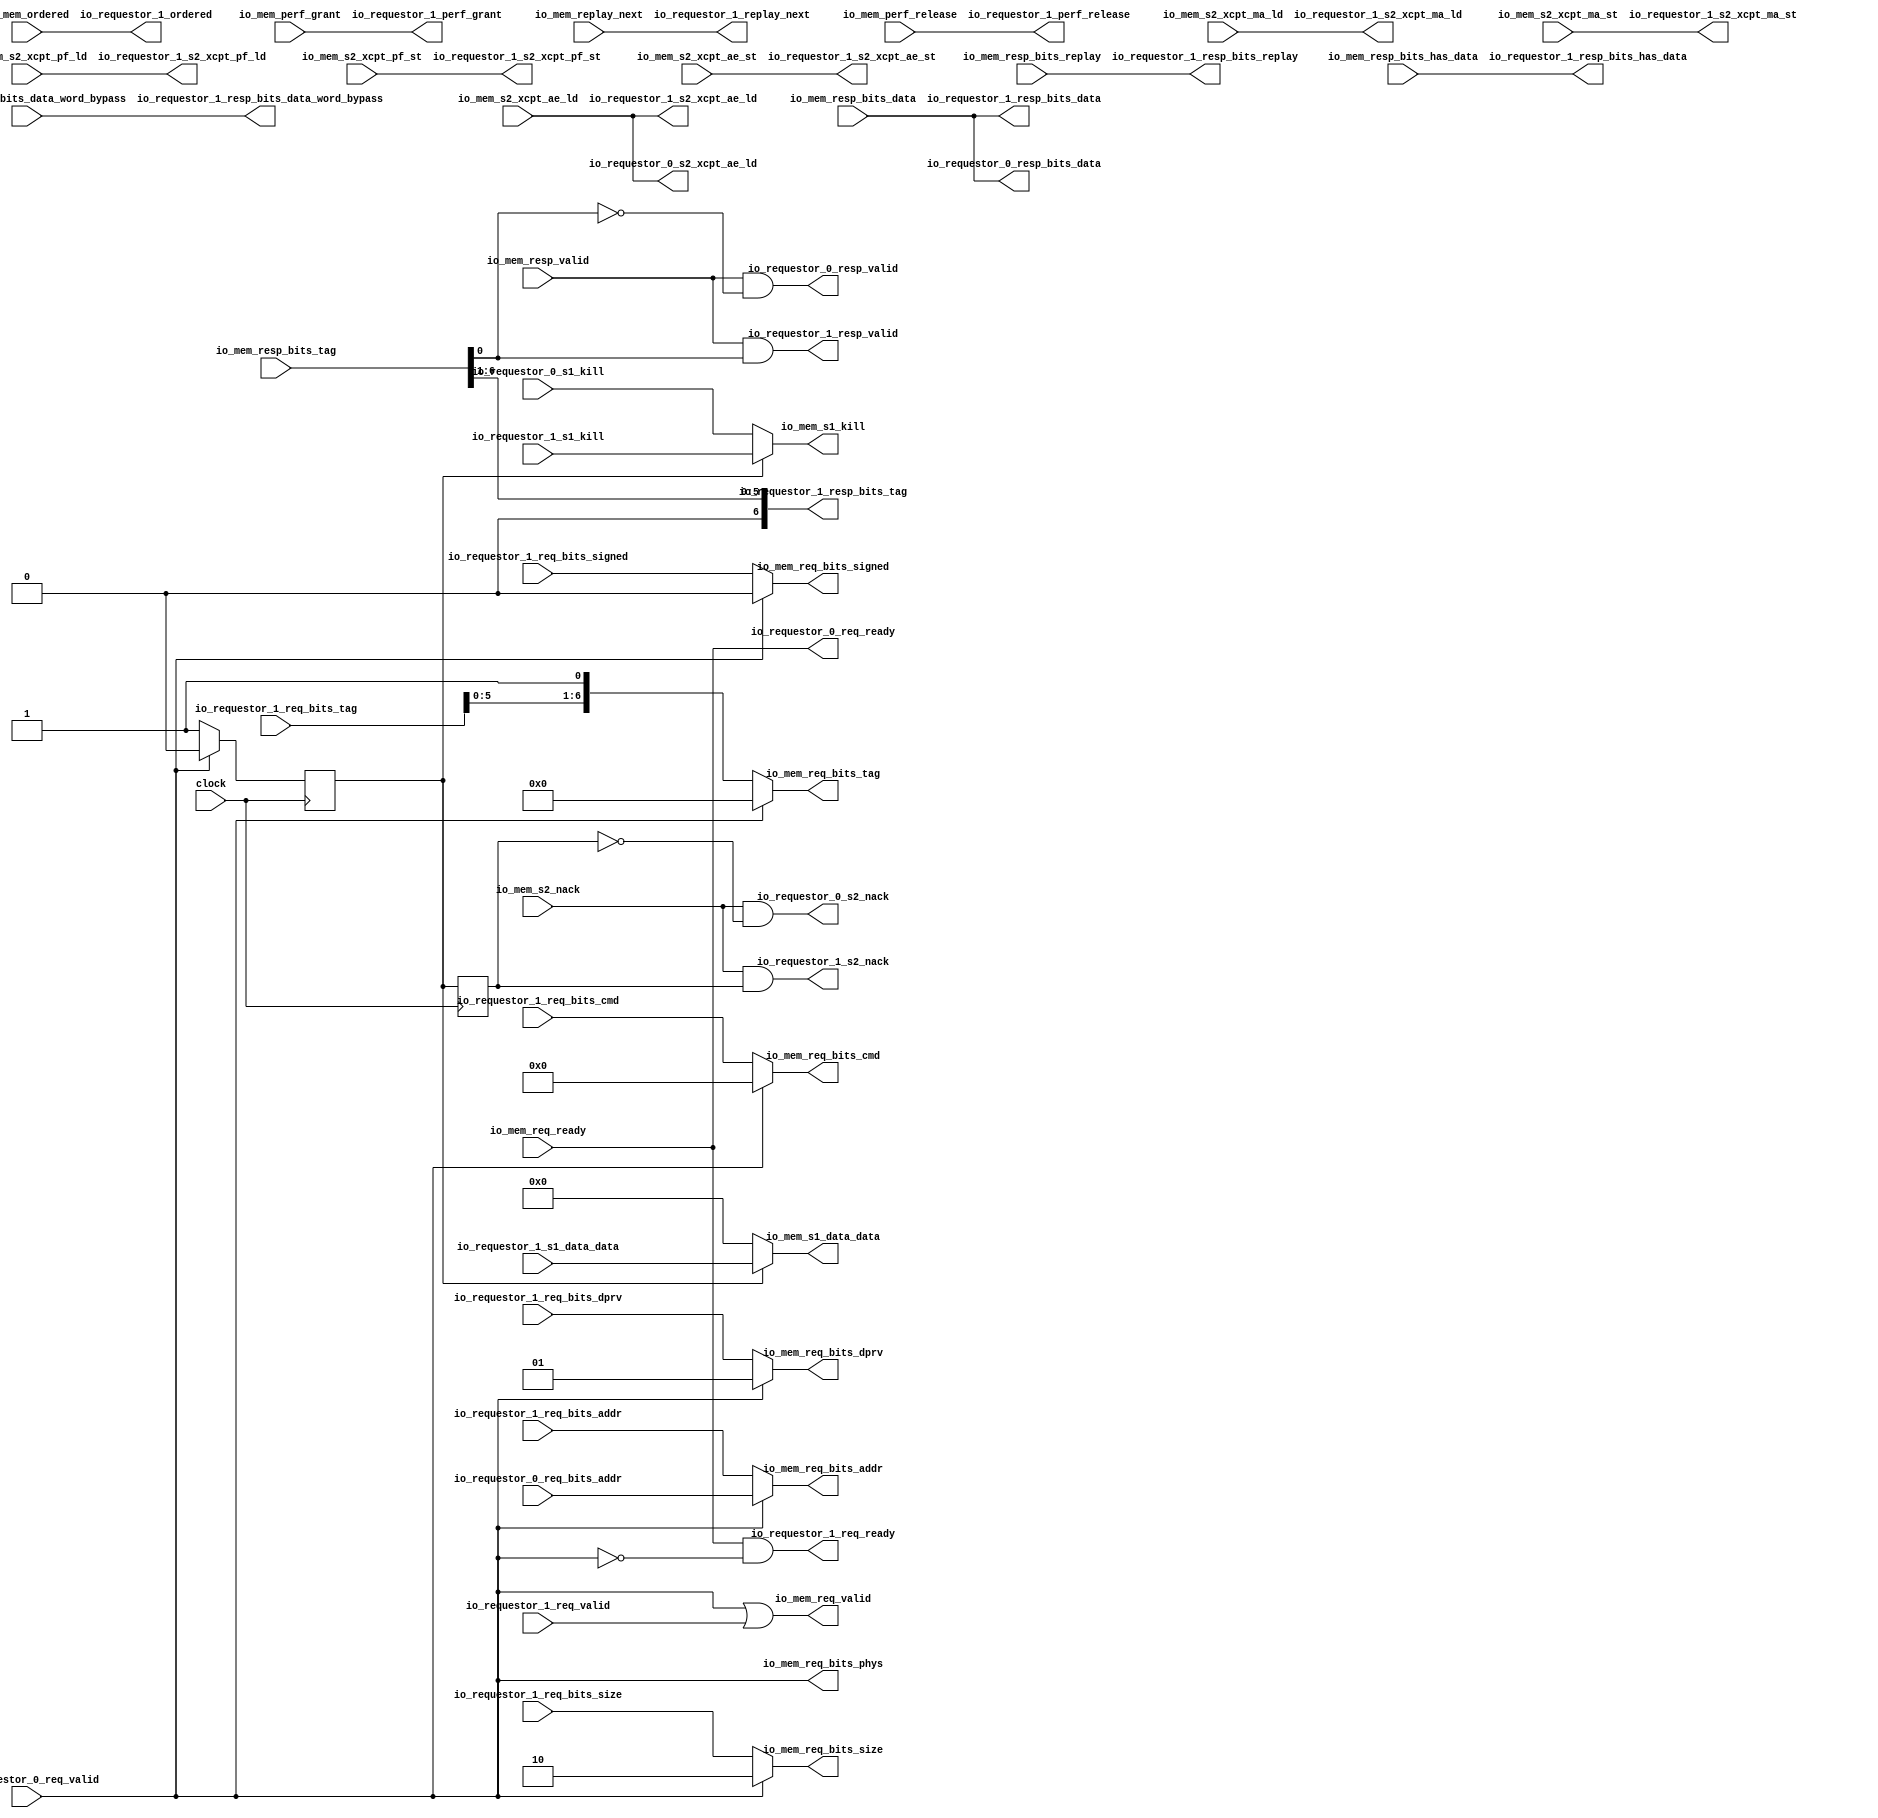
module HellaCacheArbiter( // @[:freechips.rocketchip.system.DefaultRV32Config.fir@213949.2]
  input         clock, // @[:freechips.rocketchip.system.DefaultRV32Config.fir@213950.4]
  output        io_requestor_0_req_ready, // @[:freechips.rocketchip.system.DefaultRV32Config.fir@213952.4]
  input         io_requestor_0_req_valid, // @[:freechips.rocketchip.system.DefaultRV32Config.fir@213952.4]
  input  [31:0] io_requestor_0_req_bits_addr, // @[:freechips.rocketchip.system.DefaultRV32Config.fir@213952.4]
  input         io_requestor_0_s1_kill, // @[:freechips.rocketchip.system.DefaultRV32Config.fir@213952.4]
  output        io_requestor_0_s2_nack, // @[:freechips.rocketchip.system.DefaultRV32Config.fir@213952.4]
  output        io_requestor_0_resp_valid, // @[:freechips.rocketchip.system.DefaultRV32Config.fir@213952.4]
  output [31:0] io_requestor_0_resp_bits_data, // @[:freechips.rocketchip.system.DefaultRV32Config.fir@213952.4]
  output        io_requestor_0_s2_xcpt_ae_ld, // @[:freechips.rocketchip.system.DefaultRV32Config.fir@213952.4]
  output        io_requestor_1_req_ready, // @[:freechips.rocketchip.system.DefaultRV32Config.fir@213952.4]
  input         io_requestor_1_req_valid, // @[:freechips.rocketchip.system.DefaultRV32Config.fir@213952.4]
  input  [31:0] io_requestor_1_req_bits_addr, // @[:freechips.rocketchip.system.DefaultRV32Config.fir@213952.4]
  input  [6:0]  io_requestor_1_req_bits_tag, // @[:freechips.rocketchip.system.DefaultRV32Config.fir@213952.4]
  input  [4:0]  io_requestor_1_req_bits_cmd, // @[:freechips.rocketchip.system.DefaultRV32Config.fir@213952.4]
  input  [1:0]  io_requestor_1_req_bits_size, // @[:freechips.rocketchip.system.DefaultRV32Config.fir@213952.4]
  input         io_requestor_1_req_bits_signed, // @[:freechips.rocketchip.system.DefaultRV32Config.fir@213952.4]
  input  [1:0]  io_requestor_1_req_bits_dprv, // @[:freechips.rocketchip.system.DefaultRV32Config.fir@213952.4]
  input         io_requestor_1_s1_kill, // @[:freechips.rocketchip.system.DefaultRV32Config.fir@213952.4]
  input  [31:0] io_requestor_1_s1_data_data, // @[:freechips.rocketchip.system.DefaultRV32Config.fir@213952.4]
  output        io_requestor_1_s2_nack, // @[:freechips.rocketchip.system.DefaultRV32Config.fir@213952.4]
  output        io_requestor_1_resp_valid, // @[:freechips.rocketchip.system.DefaultRV32Config.fir@213952.4]
  output [6:0]  io_requestor_1_resp_bits_tag, // @[:freechips.rocketchip.system.DefaultRV32Config.fir@213952.4]
  output [31:0] io_requestor_1_resp_bits_data, // @[:freechips.rocketchip.system.DefaultRV32Config.fir@213952.4]
  output        io_requestor_1_resp_bits_replay, // @[:freechips.rocketchip.system.DefaultRV32Config.fir@213952.4]
  output        io_requestor_1_resp_bits_has_data, // @[:freechips.rocketchip.system.DefaultRV32Config.fir@213952.4]
  output [31:0] io_requestor_1_resp_bits_data_word_bypass, // @[:freechips.rocketchip.system.DefaultRV32Config.fir@213952.4]
  output        io_requestor_1_replay_next, // @[:freechips.rocketchip.system.DefaultRV32Config.fir@213952.4]
  output        io_requestor_1_s2_xcpt_ma_ld, // @[:freechips.rocketchip.system.DefaultRV32Config.fir@213952.4]
  output        io_requestor_1_s2_xcpt_ma_st, // @[:freechips.rocketchip.system.DefaultRV32Config.fir@213952.4]
  output        io_requestor_1_s2_xcpt_pf_ld, // @[:freechips.rocketchip.system.DefaultRV32Config.fir@213952.4]
  output        io_requestor_1_s2_xcpt_pf_st, // @[:freechips.rocketchip.system.DefaultRV32Config.fir@213952.4]
  output        io_requestor_1_s2_xcpt_ae_ld, // @[:freechips.rocketchip.system.DefaultRV32Config.fir@213952.4]
  output        io_requestor_1_s2_xcpt_ae_st, // @[:freechips.rocketchip.system.DefaultRV32Config.fir@213952.4]
  output        io_requestor_1_ordered, // @[:freechips.rocketchip.system.DefaultRV32Config.fir@213952.4]
  output        io_requestor_1_perf_release, // @[:freechips.rocketchip.system.DefaultRV32Config.fir@213952.4]
  output        io_requestor_1_perf_grant, // @[:freechips.rocketchip.system.DefaultRV32Config.fir@213952.4]
  input         io_mem_req_ready, // @[:freechips.rocketchip.system.DefaultRV32Config.fir@213952.4]
  output        io_mem_req_valid, // @[:freechips.rocketchip.system.DefaultRV32Config.fir@213952.4]
  output [31:0] io_mem_req_bits_addr, // @[:freechips.rocketchip.system.DefaultRV32Config.fir@213952.4]
  output [6:0]  io_mem_req_bits_tag, // @[:freechips.rocketchip.system.DefaultRV32Config.fir@213952.4]
  output [4:0]  io_mem_req_bits_cmd, // @[:freechips.rocketchip.system.DefaultRV32Config.fir@213952.4]
  output [1:0]  io_mem_req_bits_size, // @[:freechips.rocketchip.system.DefaultRV32Config.fir@213952.4]
  output        io_mem_req_bits_signed, // @[:freechips.rocketchip.system.DefaultRV32Config.fir@213952.4]
  output [1:0]  io_mem_req_bits_dprv, // @[:freechips.rocketchip.system.DefaultRV32Config.fir@213952.4]
  output        io_mem_req_bits_phys, // @[:freechips.rocketchip.system.DefaultRV32Config.fir@213952.4]
  output        io_mem_s1_kill, // @[:freechips.rocketchip.system.DefaultRV32Config.fir@213952.4]
  output [31:0] io_mem_s1_data_data, // @[:freechips.rocketchip.system.DefaultRV32Config.fir@213952.4]
  input         io_mem_s2_nack, // @[:freechips.rocketchip.system.DefaultRV32Config.fir@213952.4]
  input         io_mem_resp_valid, // @[:freechips.rocketchip.system.DefaultRV32Config.fir@213952.4]
  input  [6:0]  io_mem_resp_bits_tag, // @[:freechips.rocketchip.system.DefaultRV32Config.fir@213952.4]
  input  [31:0] io_mem_resp_bits_data, // @[:freechips.rocketchip.system.DefaultRV32Config.fir@213952.4]
  input         io_mem_resp_bits_replay, // @[:freechips.rocketchip.system.DefaultRV32Config.fir@213952.4]
  input         io_mem_resp_bits_has_data, // @[:freechips.rocketchip.system.DefaultRV32Config.fir@213952.4]
  input  [31:0] io_mem_resp_bits_data_word_bypass, // @[:freechips.rocketchip.system.DefaultRV32Config.fir@213952.4]
  input         io_mem_replay_next, // @[:freechips.rocketchip.system.DefaultRV32Config.fir@213952.4]
  input         io_mem_s2_xcpt_ma_ld, // @[:freechips.rocketchip.system.DefaultRV32Config.fir@213952.4]
  input         io_mem_s2_xcpt_ma_st, // @[:freechips.rocketchip.system.DefaultRV32Config.fir@213952.4]
  input         io_mem_s2_xcpt_pf_ld, // @[:freechips.rocketchip.system.DefaultRV32Config.fir@213952.4]
  input         io_mem_s2_xcpt_pf_st, // @[:freechips.rocketchip.system.DefaultRV32Config.fir@213952.4]
  input         io_mem_s2_xcpt_ae_ld, // @[:freechips.rocketchip.system.DefaultRV32Config.fir@213952.4]
  input         io_mem_s2_xcpt_ae_st, // @[:freechips.rocketchip.system.DefaultRV32Config.fir@213952.4]
  input         io_mem_ordered, // @[:freechips.rocketchip.system.DefaultRV32Config.fir@213952.4]
  input         io_mem_perf_release, // @[:freechips.rocketchip.system.DefaultRV32Config.fir@213952.4]
  input         io_mem_perf_grant // @[:freechips.rocketchip.system.DefaultRV32Config.fir@213952.4]
);
`ifdef RANDOMIZE_REG_INIT
  reg [31:0] _RAND_0;
  reg [31:0] _RAND_1;
`endif // RANDOMIZE_REG_INIT
  reg  _T; // @[HellaCacheArbiter.scala 19:20:freechips.rocketchip.system.DefaultRV32Config.fir@213957.4]
  reg  _T_1; // @[HellaCacheArbiter.scala 20:20:freechips.rocketchip.system.DefaultRV32Config.fir@213958.4]
  wire  _T_4; // @[HellaCacheArbiter.scala 27:67:freechips.rocketchip.system.DefaultRV32Config.fir@213965.4]
  wire [7:0] _T_6; // @[Cat.scala 29:58:freechips.rocketchip.system.DefaultRV32Config.fir@213969.4]
  wire [7:0] _GEN_1; // @[HellaCacheArbiter.scala 49:26:freechips.rocketchip.system.DefaultRV32Config.fir@213975.4]
  wire  _T_8; // @[HellaCacheArbiter.scala 50:21:freechips.rocketchip.system.DefaultRV32Config.fir@213981.4]
  wire  _T_9; // @[HellaCacheArbiter.scala 51:21:freechips.rocketchip.system.DefaultRV32Config.fir@213986.4]
  wire  _T_11; // @[HellaCacheArbiter.scala 59:57:freechips.rocketchip.system.DefaultRV32Config.fir@213991.4]
  assign _T_4 = ~io_requestor_0_req_valid; // @[HellaCacheArbiter.scala 27:67:freechips.rocketchip.system.DefaultRV32Config.fir@213965.4]
  assign _T_6 = {io_requestor_1_req_bits_tag,1'h1}; // @[Cat.scala 29:58:freechips.rocketchip.system.DefaultRV32Config.fir@213969.4]
  assign _GEN_1 = io_requestor_0_req_valid ? 8'h0 : _T_6; // @[HellaCacheArbiter.scala 49:26:freechips.rocketchip.system.DefaultRV32Config.fir@213975.4]
  assign _T_8 = ~_T; // @[HellaCacheArbiter.scala 50:21:freechips.rocketchip.system.DefaultRV32Config.fir@213981.4]
  assign _T_9 = ~_T_1; // @[HellaCacheArbiter.scala 51:21:freechips.rocketchip.system.DefaultRV32Config.fir@213986.4]
  assign _T_11 = ~io_mem_resp_bits_tag[0]; // @[HellaCacheArbiter.scala 59:57:freechips.rocketchip.system.DefaultRV32Config.fir@213991.4]
  assign io_requestor_0_req_ready = io_mem_req_ready; // @[HellaCacheArbiter.scala 25:31:freechips.rocketchip.system.DefaultRV32Config.fir@213964.4]
  assign io_requestor_0_s2_nack = io_mem_s2_nack & _T_9; // @[HellaCacheArbiter.scala 64:31:freechips.rocketchip.system.DefaultRV32Config.fir@213999.4]
  assign io_requestor_0_resp_valid = io_mem_resp_valid & _T_11; // @[HellaCacheArbiter.scala 60:18:freechips.rocketchip.system.DefaultRV32Config.fir@213993.4]
  assign io_requestor_0_resp_bits_data = io_mem_resp_bits_data; // @[HellaCacheArbiter.scala 69:17:freechips.rocketchip.system.DefaultRV32Config.fir@214004.4]
  assign io_requestor_0_s2_xcpt_ae_ld = io_mem_s2_xcpt_ae_ld; // @[HellaCacheArbiter.scala 61:31:freechips.rocketchip.system.DefaultRV32Config.fir@213994.4]
  assign io_requestor_1_req_ready = io_requestor_0_req_ready & _T_4; // @[HellaCacheArbiter.scala 27:33:freechips.rocketchip.system.DefaultRV32Config.fir@213967.4]
  assign io_requestor_1_s2_nack = io_mem_s2_nack & _T_1; // @[HellaCacheArbiter.scala 64:31:freechips.rocketchip.system.DefaultRV32Config.fir@214017.4]
  assign io_requestor_1_resp_valid = io_mem_resp_valid & io_mem_resp_bits_tag[0]; // @[HellaCacheArbiter.scala 60:18:freechips.rocketchip.system.DefaultRV32Config.fir@214011.4]
  assign io_requestor_1_resp_bits_tag = {{1'd0}, io_mem_resp_bits_tag[6:1]}; // @[HellaCacheArbiter.scala 69:17:freechips.rocketchip.system.DefaultRV32Config.fir@214022.4 HellaCacheArbiter.scala 70:21:freechips.rocketchip.system.DefaultRV32Config.fir@214024.4]
  assign io_requestor_1_resp_bits_data = io_mem_resp_bits_data; // @[HellaCacheArbiter.scala 69:17:freechips.rocketchip.system.DefaultRV32Config.fir@214022.4]
  assign io_requestor_1_resp_bits_replay = io_mem_resp_bits_replay; // @[HellaCacheArbiter.scala 69:17:freechips.rocketchip.system.DefaultRV32Config.fir@214022.4]
  assign io_requestor_1_resp_bits_has_data = io_mem_resp_bits_has_data; // @[HellaCacheArbiter.scala 69:17:freechips.rocketchip.system.DefaultRV32Config.fir@214022.4]
  assign io_requestor_1_resp_bits_data_word_bypass = io_mem_resp_bits_data_word_bypass; // @[HellaCacheArbiter.scala 69:17:freechips.rocketchip.system.DefaultRV32Config.fir@214022.4]
  assign io_requestor_1_replay_next = io_mem_replay_next; // @[HellaCacheArbiter.scala 72:35:freechips.rocketchip.system.DefaultRV32Config.fir@214025.4]
  assign io_requestor_1_s2_xcpt_ma_ld = io_mem_s2_xcpt_ma_ld; // @[HellaCacheArbiter.scala 61:31:freechips.rocketchip.system.DefaultRV32Config.fir@214012.4]
  assign io_requestor_1_s2_xcpt_ma_st = io_mem_s2_xcpt_ma_st; // @[HellaCacheArbiter.scala 61:31:freechips.rocketchip.system.DefaultRV32Config.fir@214012.4]
  assign io_requestor_1_s2_xcpt_pf_ld = io_mem_s2_xcpt_pf_ld; // @[HellaCacheArbiter.scala 61:31:freechips.rocketchip.system.DefaultRV32Config.fir@214012.4]
  assign io_requestor_1_s2_xcpt_pf_st = io_mem_s2_xcpt_pf_st; // @[HellaCacheArbiter.scala 61:31:freechips.rocketchip.system.DefaultRV32Config.fir@214012.4]
  assign io_requestor_1_s2_xcpt_ae_ld = io_mem_s2_xcpt_ae_ld; // @[HellaCacheArbiter.scala 61:31:freechips.rocketchip.system.DefaultRV32Config.fir@214012.4]
  assign io_requestor_1_s2_xcpt_ae_st = io_mem_s2_xcpt_ae_st; // @[HellaCacheArbiter.scala 61:31:freechips.rocketchip.system.DefaultRV32Config.fir@214012.4]
  assign io_requestor_1_ordered = io_mem_ordered; // @[HellaCacheArbiter.scala 62:31:freechips.rocketchip.system.DefaultRV32Config.fir@214013.4]
  assign io_requestor_1_perf_release = io_mem_perf_release; // @[HellaCacheArbiter.scala 63:28:freechips.rocketchip.system.DefaultRV32Config.fir@214014.4]
  assign io_requestor_1_perf_grant = io_mem_perf_grant; // @[HellaCacheArbiter.scala 63:28:freechips.rocketchip.system.DefaultRV32Config.fir@214014.4]
  assign io_mem_req_valid = io_requestor_0_req_valid | io_requestor_1_req_valid; // @[HellaCacheArbiter.scala 24:22:freechips.rocketchip.system.DefaultRV32Config.fir@213963.4]
  assign io_mem_req_bits_addr = io_requestor_0_req_valid ? io_requestor_0_req_bits_addr : io_requestor_1_req_bits_addr; // @[HellaCacheArbiter.scala 32:25:freechips.rocketchip.system.DefaultRV32Config.fir@213968.4 HellaCacheArbiter.scala 32:25:freechips.rocketchip.system.DefaultRV32Config.fir@213976.6]
  assign io_mem_req_bits_tag = _GEN_1[6:0]; // @[HellaCacheArbiter.scala 32:25:freechips.rocketchip.system.DefaultRV32Config.fir@213968.4 HellaCacheArbiter.scala 33:29:freechips.rocketchip.system.DefaultRV32Config.fir@213970.4 HellaCacheArbiter.scala 32:25:freechips.rocketchip.system.DefaultRV32Config.fir@213976.6 HellaCacheArbiter.scala 33:29:freechips.rocketchip.system.DefaultRV32Config.fir@213978.6]
  assign io_mem_req_bits_cmd = io_requestor_0_req_valid ? 5'h0 : io_requestor_1_req_bits_cmd; // @[HellaCacheArbiter.scala 32:25:freechips.rocketchip.system.DefaultRV32Config.fir@213968.4 HellaCacheArbiter.scala 32:25:freechips.rocketchip.system.DefaultRV32Config.fir@213976.6]
  assign io_mem_req_bits_size = io_requestor_0_req_valid ? 2'h2 : io_requestor_1_req_bits_size; // @[HellaCacheArbiter.scala 32:25:freechips.rocketchip.system.DefaultRV32Config.fir@213968.4 HellaCacheArbiter.scala 32:25:freechips.rocketchip.system.DefaultRV32Config.fir@213976.6]
  assign io_mem_req_bits_signed = io_requestor_0_req_valid ? 1'h0 : io_requestor_1_req_bits_signed; // @[HellaCacheArbiter.scala 32:25:freechips.rocketchip.system.DefaultRV32Config.fir@213968.4 HellaCacheArbiter.scala 32:25:freechips.rocketchip.system.DefaultRV32Config.fir@213976.6]
  assign io_mem_req_bits_dprv = io_requestor_0_req_valid ? 2'h1 : io_requestor_1_req_bits_dprv; // @[HellaCacheArbiter.scala 32:25:freechips.rocketchip.system.DefaultRV32Config.fir@213968.4 HellaCacheArbiter.scala 32:25:freechips.rocketchip.system.DefaultRV32Config.fir@213976.6]
  assign io_mem_req_bits_phys = io_requestor_0_req_valid; // @[HellaCacheArbiter.scala 32:25:freechips.rocketchip.system.DefaultRV32Config.fir@213968.4 HellaCacheArbiter.scala 32:25:freechips.rocketchip.system.DefaultRV32Config.fir@213976.6]
  assign io_mem_s1_kill = _T_8 ? io_requestor_0_s1_kill : io_requestor_1_s1_kill; // @[HellaCacheArbiter.scala 37:24:freechips.rocketchip.system.DefaultRV32Config.fir@213972.4 HellaCacheArbiter.scala 37:24:freechips.rocketchip.system.DefaultRV32Config.fir@213983.6]
  assign io_mem_s1_data_data = _T_8 ? 32'h0 : io_requestor_1_s1_data_data; // @[HellaCacheArbiter.scala 38:24:freechips.rocketchip.system.DefaultRV32Config.fir@213973.4 HellaCacheArbiter.scala 38:24:freechips.rocketchip.system.DefaultRV32Config.fir@213984.6]
`ifdef RANDOMIZE_GARBAGE_ASSIGN
`define RANDOMIZE
`endif
`ifdef RANDOMIZE_INVALID_ASSIGN
`define RANDOMIZE
`endif
`ifdef RANDOMIZE_REG_INIT
`define RANDOMIZE
`endif
`ifdef RANDOMIZE_MEM_INIT
`define RANDOMIZE
`endif
`ifndef RANDOM
`define RANDOM $random
`endif
`ifdef RANDOMIZE_MEM_INIT
  integer initvar;
`endif
`ifndef SYNTHESIS
`ifdef FIRRTL_BEFORE_INITIAL
`FIRRTL_BEFORE_INITIAL
`endif
initial begin
  `ifdef RANDOMIZE
    `ifdef INIT_RANDOM
      `INIT_RANDOM
    `endif
    `ifndef VERILATOR
      `ifdef RANDOMIZE_DELAY
        #`RANDOMIZE_DELAY begin end
      `else
        #0.002 begin end
      `endif
    `endif
`ifdef RANDOMIZE_REG_INIT
  _RAND_0 = {1{`RANDOM}};
  _T = _RAND_0[0:0];
  _RAND_1 = {1{`RANDOM}};
  _T_1 = _RAND_1[0:0];
`endif // RANDOMIZE_REG_INIT
  `endif // RANDOMIZE
end // initial
`ifdef FIRRTL_AFTER_INITIAL
`FIRRTL_AFTER_INITIAL
`endif
`endif // SYNTHESIS
  always @(posedge clock) begin
    if (io_requestor_0_req_valid) begin
      _T <= 1'h0;
    end else begin
      _T <= 1'h1;
    end
    _T_1 <= _T;
  end
endmodule